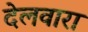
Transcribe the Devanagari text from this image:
देलवारा